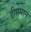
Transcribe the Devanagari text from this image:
दीप्तमान